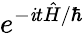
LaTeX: e^{-\mathit{i}t{\hat{{H}}}/\hbar}